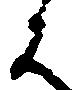
は